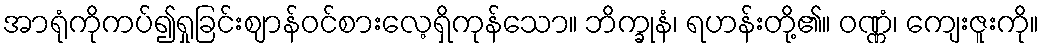
အာရုံကိုကပ်၍ရှုခြင်းဈာန်ဝင်စားလေ့ရှိကုန်သော။ ဘိက္ခုနံ၊ ရဟန်းတို့၏။ ဝဏ္ဏံ၊ ကျေးဇူးကို။